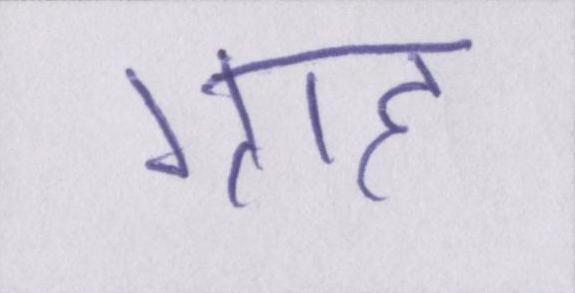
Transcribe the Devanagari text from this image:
ग्राह्य